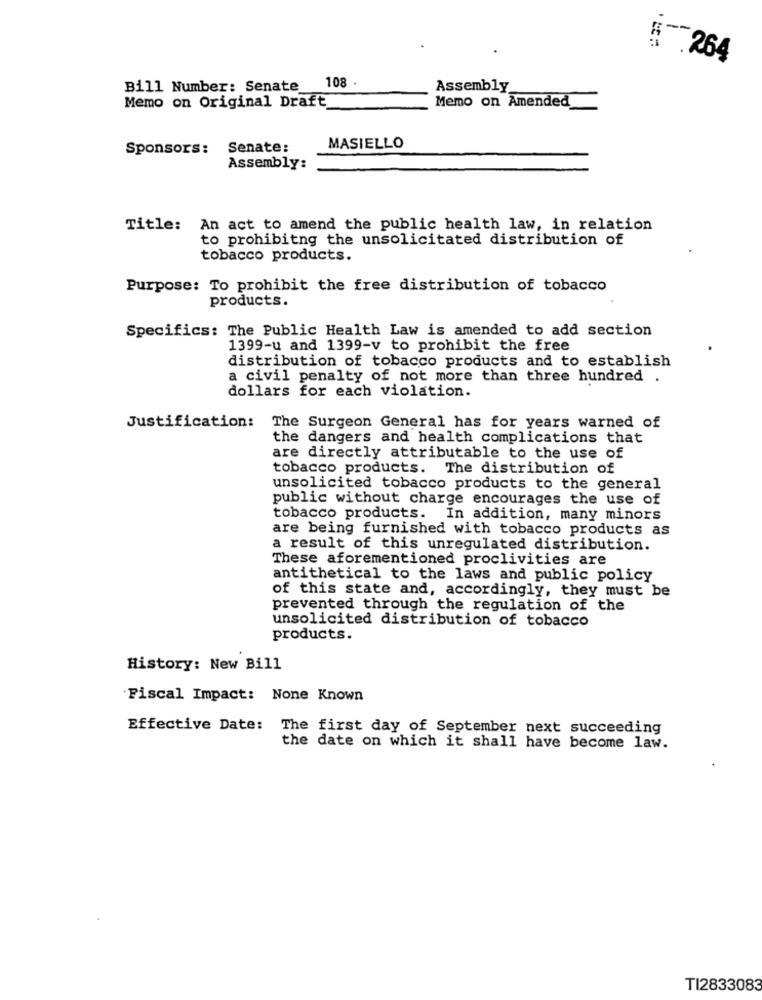
1 .264
108 .
Bill Number: Senate_
Assembly
Memo on Original Draft
Memo on Amended
Sponsors: Senate:
MASIELLO
Assembly:
Title: An act to amend the public health law, in relation
to prohibitng the unsolicitated distribution of
tobacco products.
Purpose: To prohibit the free distribution of tobacco
products.
Specifics: The Public Health Law is amended to add section
1399-u and 1399-v to prohibit the free
distribution of tobacco products and to establish
a civil penalty of not more than three hundred .
dollars for each violation.
Justification: The Surgeon General has for years warned of
the dangers and health complications that
are directly attributable to the use of
tobacco products. The distribution of
unsolicited tobacco products to the general
public without charge encourages the use of
tobacco products. In addition, many minors
are being furnished with tobacco products as
a result of this unregulated distribution.
These aforementioned proclivities are
antithetical to the laws and public policy
of this state and, accordingly, they must be
prevented through the regulation of the
unsolicited distribution of tobacco
products.
History: New Bill
Fiscal Impact: None Known
Effective Date: The first day of September next succeeding
the date on which it shall have become law.
TI2833083